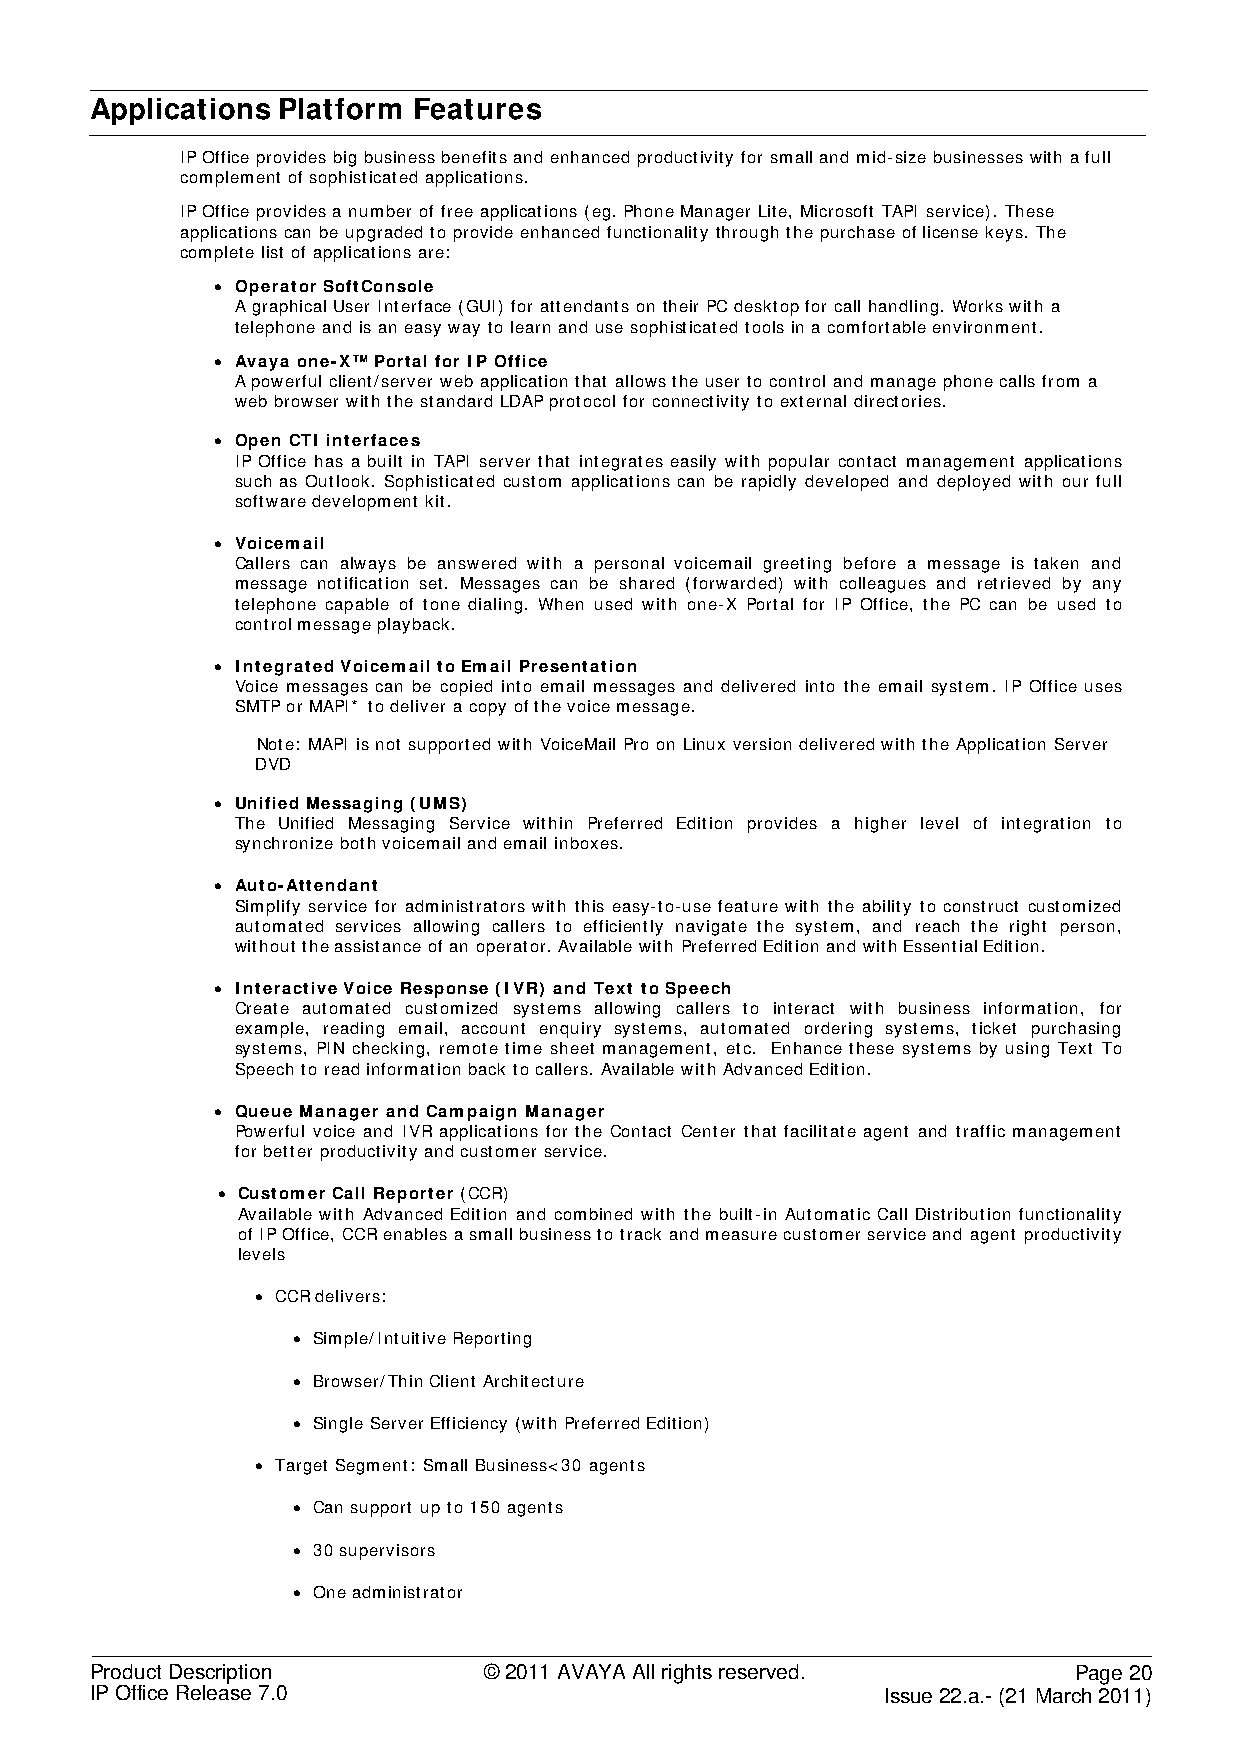
Applications Platform Features
 IP Office provides big business benefits and enhanced productivity for small and mid-size businesses with a full
 complement of sophisticated applications.
 IP Office provides a number of free applications (eg. Phone Manager Lite, Microsoft TAPI service). These
 applications can be upgraded to provide enhanced functionality through the purchase of license keys. The
 complete list of applications are:
 • Operator SoftConsole
 A graphical User Interface (GUI) for attendants on their PC desktop for call handling. Works with a
 telephone and is an easy way to learn and use sophisticated tools in a comfortable environment.
 • Avaya one-X™ Portal for IP Office
 A powerful client/server web application that allows the user to control and manage phone calls from a
 web browser with the standard LDAP protocol for connectivity to external directories.
 • Open CTI interfaces
 IP Office has a built in TAPI server that integrates easily with popular contact management applications
 such as Outlook. Sophisticated custom applications can be rapidly developed and deployed with our full
 software development kit.
 • Voicemail
 Callers can always be answered with a personal voicemail greeting before a message is taken and
 message notification set. Messages can be shared (forwarded) with colleagues and retrieved by any
 telephone capable of tone dialing. When used with one-X Portal for IP Office, the PC can be used to
 control message playback.
 • Integrated Voicemail to Email Presentation
 Voice messages can be copied into email messages and delivered into the email system. IP Office uses
 SMTP or MAPI* to deliver a copy of the voice message.
 Note: MAPI is not supported with VoiceMail Pro on Linux version delivered with the Application Server
 DVD
 • Unified Messaging (UMS)
 The Unified Messaging Service within Preferred Edition provides a higher level of integration to
 synchronize both voicemail and email inboxes.
 • Auto-Attendant
 Simplify service for administrators with this easy-to-use feature with the ability to construct customized
 automated services allowing callers to efficiently navigate the system, and reach the right person,
 without the assistance of an operator. Available with Preferred Edition and with Essential Edition.
 • Interactive Voice Response (IVR) and Text to Speech
 Create automated customized systems allowing callers to interact with business information, for
 example, reading email, account enquiry systems, automated ordering systems, ticket purchasing
 systems, PIN checking, remote time sheet management, etc. Enhance these systems by using Text To
 Speech to read information back to callers. Available with Advanced Edition.
 • Queue Manager and Campaign Manager
 Powerful voice and IVR applications for the Contact Center that facilitate agent and traffic management
 for better productivity and customer service.
 • Customer Call Reporter (CCR)
 Available with Advanced Edition and combined with the built-in Automatic Call Distribution functionality
 of IP Office, CCR enables a small business to track and measure customer service and agent productivity
 levels
 • CCR delivers:
 • Simple/Intuitive Reporting
 • Browser/Thin Client Architecture
 • Single Server Efficiency (with Preferred Edition)
 • Target Segment: Small Business<30 agents
 • Can support up to 150 agents
 • 30 supervisors
 • One administrator
 Product Description       © 2011 AVAYA All rights reserved.      Page 20
 IP Office Release 7.0                                Issue 22.a.- (21 March 2011)